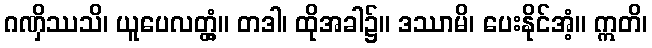
ဂဏှိဿသိ၊ ယူပေလတ္တံ့။ တဒါ၊ ထိုအခါ၌။ ဒဿာမိ၊ ပေးနိုင်အံ့။ ဣတိ၊